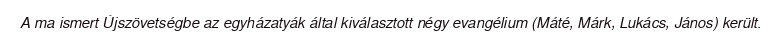
A ma ismert Újszövetségbe az egyházatyák által kiválasztott négy evangélium (Máté, Márk, Lukács, János) került.